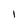
Character: I